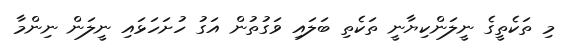
މި ތަކެތީގެ ނީލަންކިޔާނީ ތަކެތި ބަލައި ވަގުތުން އަގު ހުށަހަޅައި ނީލަން ނިންމާ